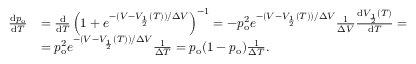
\begin{array} { r l } { \frac { \mathrm { d } p _ { \mathrm { o } } } { \mathrm { d } T } } & { = \frac { \mathrm { d } } { \mathrm { d } T } \left( 1 + e ^ { - ( V - V _ { \frac { 1 } { 2 } } ( T ) ) / \Delta V } \right) ^ { - 1 } = - p _ { \mathrm { o } } ^ { 2 } e ^ { - ( V - V _ { \frac { 1 } { 2 } } ( T ) ) / \Delta V } \frac { 1 } { \Delta V } \frac { \mathrm { d } V _ { \frac { 1 } { 2 } } ( T ) } { \mathrm { d } T } = } \\ & { = p _ { \mathrm { o } } ^ { 2 } e ^ { - ( V - V _ { \frac { 1 } { 2 } } ( T ) ) / \Delta V } \frac { 1 } { \Delta T } = p _ { \mathrm { o } } ( 1 - p _ { \mathrm { o } } ) \frac { 1 } { \Delta T } . } \end{array}